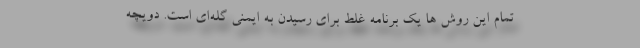
تمام این روش ها یک برنامه غلط برای رسیدن به ایمنی گله‌ای است. دویچه